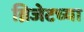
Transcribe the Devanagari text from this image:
ब्रिजेटच्या